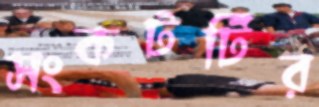
সংকটটির